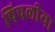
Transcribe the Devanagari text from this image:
पिपलीया